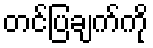
တင်ပြချက်ကို